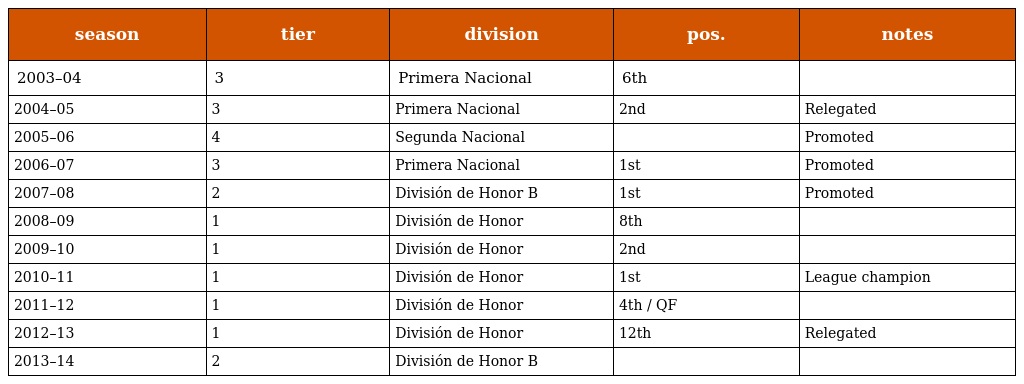
| season | tier | division | pos. | notes |
 | --- | --- | --- | --- | --- |
 | 2003–04 | 3 | Primera Nacional | 6th |  |
 | 2004–05 | 3 | Primera Nacional | 2nd | Relegated |
 | 2005–06 | 4 | Segunda Nacional |  | Promoted |
 | 2006–07 | 3 | Primera Nacional | 1st | Promoted |
 | 2007–08 | 2 | División de Honor B | 1st | Promoted |
 | 2008–09 | 1 | División de Honor | 8th |  |
 | 2009–10 | 1 | División de Honor | 2nd |  |
 | 2010–11 | 1 | División de Honor | 1st | League champion |
 | 2011–12 | 1 | División de Honor | 4th / QF |  |
 | 2012–13 | 1 | División de Honor | 12th | Relegated |
 | 2013–14 | 2 | División de Honor B |  |  |